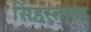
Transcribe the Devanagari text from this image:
सिंहस्तम्भ